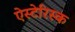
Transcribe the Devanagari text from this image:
ऐस्टेरिस्क